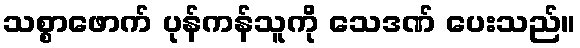
သစ္စာဖောက် ပုန်ကန်သူကို သေဒဏ် ပေးသည်။